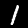
Label: 1